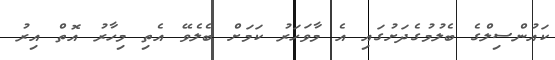
ކައުންސިލްގެ ބެލުމުގެދަށުގައި އެ މާވަހަރު ކަމަށް ބެލެވޭ އެތި މިހާރު އޮތް އިރު